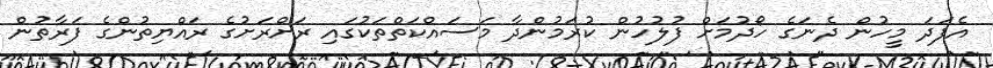
އެފަދަ މީހުން ދެނަގެ ހޯދުމަށް ފުލުހުން ކުރަމުންދާ މަސައްކަތްތަކުގައި ރަށްރަށުގެ ރައްޔިތުންގެ ފަރާތުން